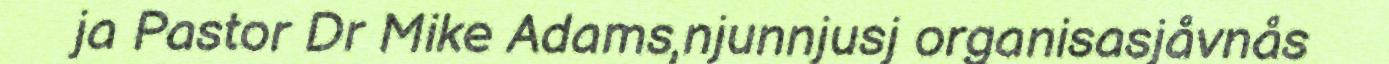
ja Pastor Dr Mike Adams,njunnjusj organisasjåvnås